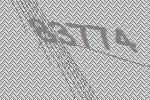
83774